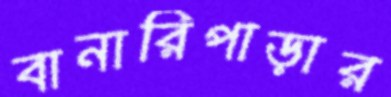
বানারিপাড়ার